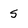
Character: S